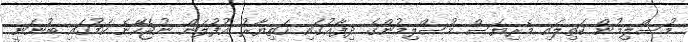
މުސްލިމުން ކަތިލައި މެރިޔަސް މުސްލިމުންގެ ދިފާޢުގައި ހަތިޔާރު އުފުލަން ނުޖެހޭނެ ކަމުގައި ބުނަނީ